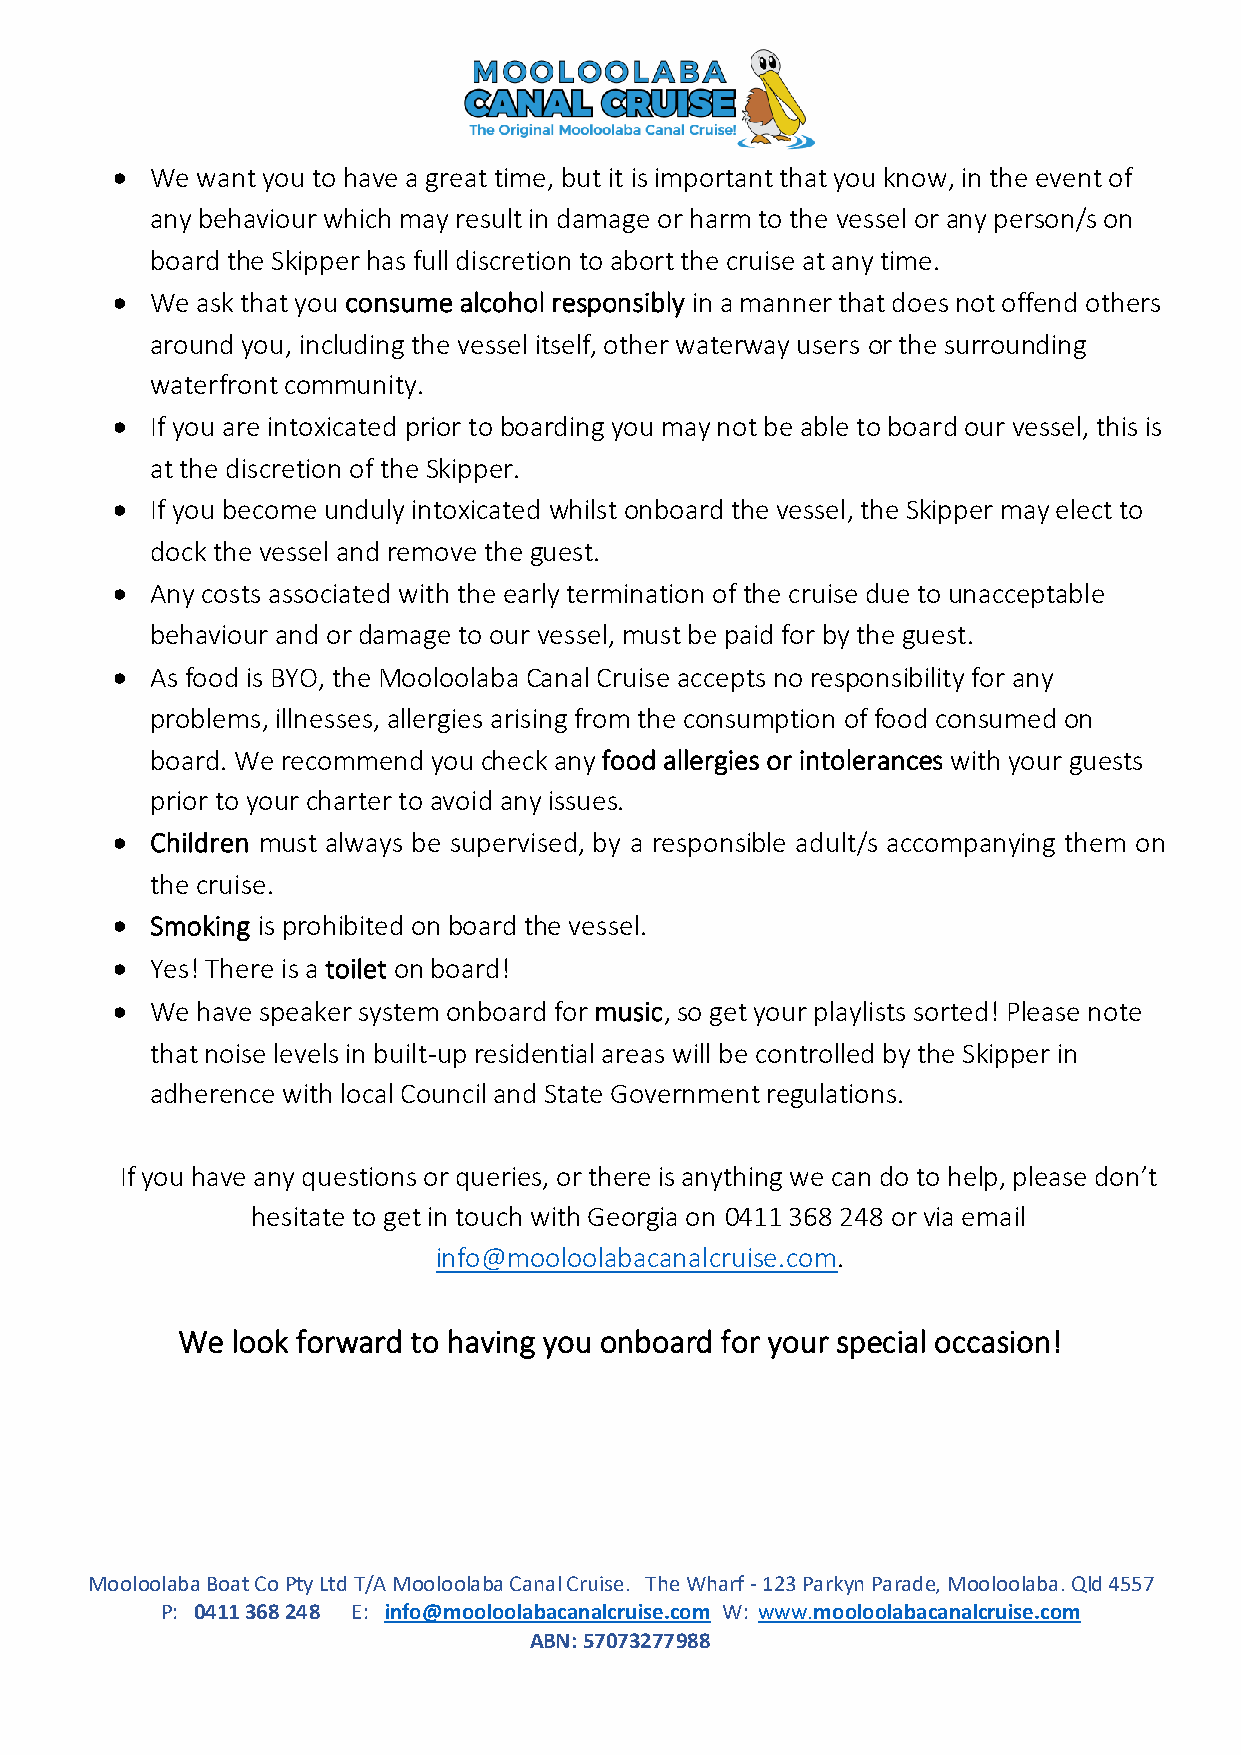
•  We want you to have a great time, but it is important that you know, in the event of
 any behaviour which may result in damage or harm to the vessel or any person/s on
 board the Skipper has full discretion to abort the cruise at any time.
 •  We ask that you consume alcohol responsibly in a manner that does not offend others
 around you, including the vessel itself, other waterway users or the surrounding
 waterfront community.
 •  If you are intoxicated prior to boarding you may not be able to board our vessel, this is
 at the discretion of the Skipper.
 •  If you become unduly intoxicated whilst onboard the vessel, the Skipper may elect to
 dock the vessel and remove the guest.
 •  Any costs associated with the early termination of the cruise due to unacceptable
 behaviour and or damage to our vessel, must be paid for by the guest.
 •  As food is BYO, the Mooloolaba Canal Cruise accepts no responsibility for any
 problems, illnesses, allergies arising from the consumption of food consumed on
 board. We recommend you check any food allergies or intolerances with your guests
 prior to your charter to avoid any issues.
 •  Children must always be supervised, by a responsible adult/s accompanying them on
 the cruise.
 •  Smoking is prohibited on board the vessel.
 •  Yes! There is a toilet on board!
 •  We have speaker system onboard for music, so get your playlists sorted! Please note
 that noise levels in built-up residential areas will be controlled by the Skipper in
 adherence with local Council and State Government regulations.
 If you have any questions or queries, or there is anything we can do to help, please don’t
 hesitate to get in touch with Georgia on 0411 368 248 or via email
 info@mooloolabacanalcruise.com.
 We look forward to having you onboard for your special occasion!
 Mooloolaba Boat Co Pty Ltd T/A Mooloolaba Canal Cruise. The Wharf - 123 Parkyn Parade, Mooloolaba. Qld 4557
 P: 0411 368 248 E: info@mooloolabacanalcruise.com W: www.mooloolabacanalcruise.com
 ABN: 57073277988